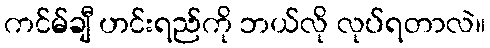
ကင်မ်ချီ ဟင်းရည်ကို ဘယ်လို လုပ်ရတာလဲ။